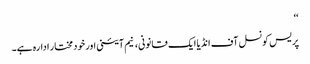
‘‘
پریس کونسل آف انڈیا ایک قانونی، نیم آئینی اور خود مختار ادارہ ہے۔